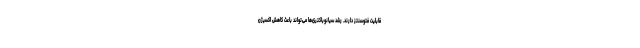
قابلیت فتوسنتز دارند. رشد سیانوباکتری‌ها می‌تواند باعث کاهش اکسیژن